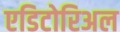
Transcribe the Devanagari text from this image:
एडिटोरिअल